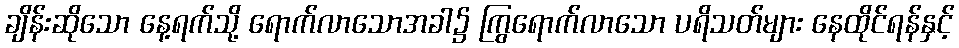
ချိန်းဆိုသော နေ့ရက်သို့ ရောက်လာသောအခါ၌ ကြွရောက်လာသော ပရိသတ်များ နေထိုင်ရန်နှင့်